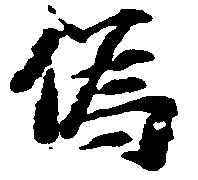
偽